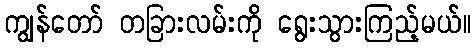
ကျွန်တော် တခြားလမ်းကို ရွေးသွားကြည့်မယ်။